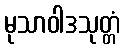
မုသာဝါဒသုတ္တံ